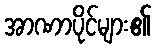
အာဏာပိုင်များ၏